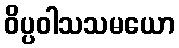
ဝိပ္ပဝါသသမယော